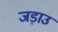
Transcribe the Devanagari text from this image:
जड़ाउ